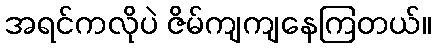
အရင်ကလိုပဲ ဇိမ်ကျကျနေကြတယ်။